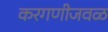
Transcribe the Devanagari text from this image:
करगणीजवळ